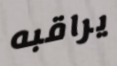
يراقبه